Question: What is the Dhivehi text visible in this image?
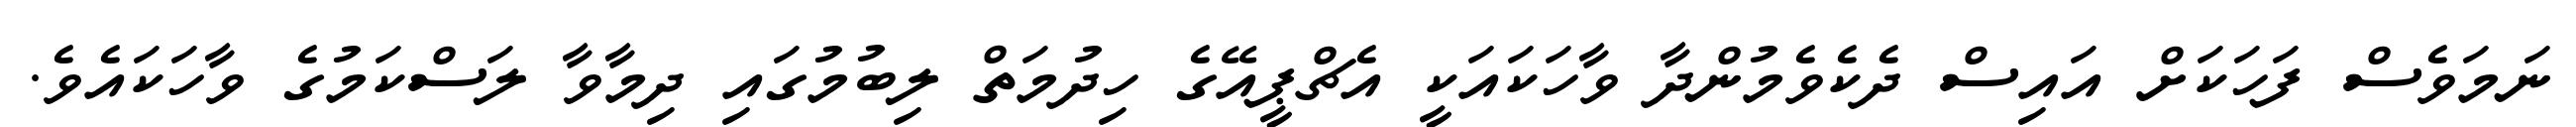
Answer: ނަމަވެސް ފަހަކަށް އައިސް ދެކެވެމުންދާ ވާހަކައަކީ އެޗްޕީއޭގެ ހިދުމަތް ލިބުމުގައި ދިމާވާ ލަސްކަމުގެ ވާހަކައެވެ.